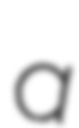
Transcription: a